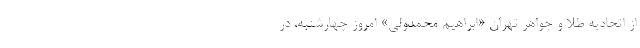
از اتحادیه طلا و جواهر تهران «ابراهیم محمدولی» امروز چهارشنبه، در